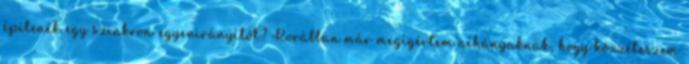
építenék egy szinkron-egyenirányítót? Korábban már megígértem néhányaknak, hogy közzéteszem